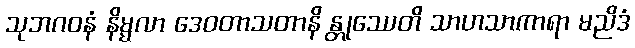
သုဘဂဝနံ နိမ္မလာ ဒေဝတာသတာနိ န္တုဿေတိ သာဟသာကာရာ မညိဒံ